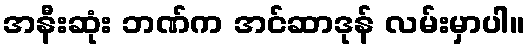
အနီးဆုံး ဘဏ်က အင်ဆာဒုန် လမ်းမှာပါ။